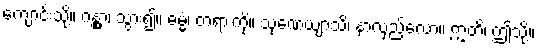
ကျောင်းသို့။ ဂန္တွာ၊ သွား၍။ ဓမ္မံ၊ တရားကို။ သုဏေယျာသိ၊ နာလှည့်လော။ ဣတိ၊ ဤသို့။